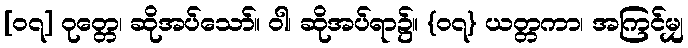
[၀၇] ဝုတ္တေ၊ ဆိုအပ်သော်။ ဝါ၊ ဆိုအပ်ရာ၌။ {၀၇} ယတ္တကာ၊ အကြင်မျှ